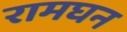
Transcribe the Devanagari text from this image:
रामघन